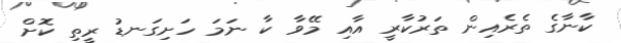
ކާނާގެ ތެރެއިން ތަރުކާރީ އާއި މޭވާ ކާ ނަމަ ހަށިގަނޑު ރީތި ކޮށް